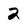
Character: 2